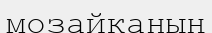
мозайканың